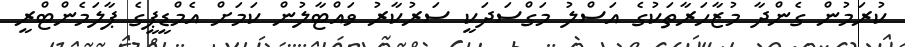
ކުރަމުން ގެންދާ މުޒާހަރާތަކުގެ އަސްލު މަގްސަދަކީ ސަރުކާރު ވައްޓާލުން ކަމަށް އެމްޑީޕީގެ ޕާލަމެންޓްރީ